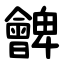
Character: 朇